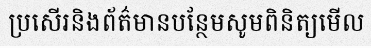
ប្រសើរនិងព័ត៌មានបន្ថែមសូមពិនិត្យមើល